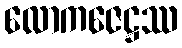
လောကဇေဋ္ဌဿ